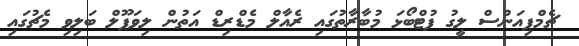
ޗެމްޕިއަންސް ލީގު ފުޓްބޯޅަ މުބާރާތުގައި ރެއާލް މެޑްރިޑް އަތުން ލިވަޕޫލް ބަލިވި މެޗުގައި